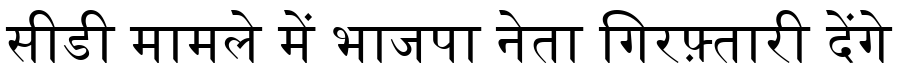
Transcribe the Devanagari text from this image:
सीडी मामले में भाजपा नेता गिरफ़्तारी देंगे